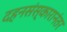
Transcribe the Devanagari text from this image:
दहनसंस्कारानंतर